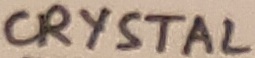
Text: CRYSTAL